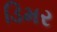
ડિમર